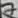
Text: 7